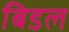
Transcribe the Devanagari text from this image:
बिडल